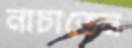
নাচাতেন